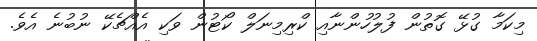
މިކަމާ ގުޅޭ ގޮތުން ފުލުހުންނާއި ކްރިމިނަލް ކޯޓުން ވަކި އެއްޗެކޭ ނުބުނެ އެވެ.